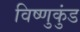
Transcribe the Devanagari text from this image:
विष्णुकुंड